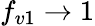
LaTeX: f_{v1}\rightarrow 1